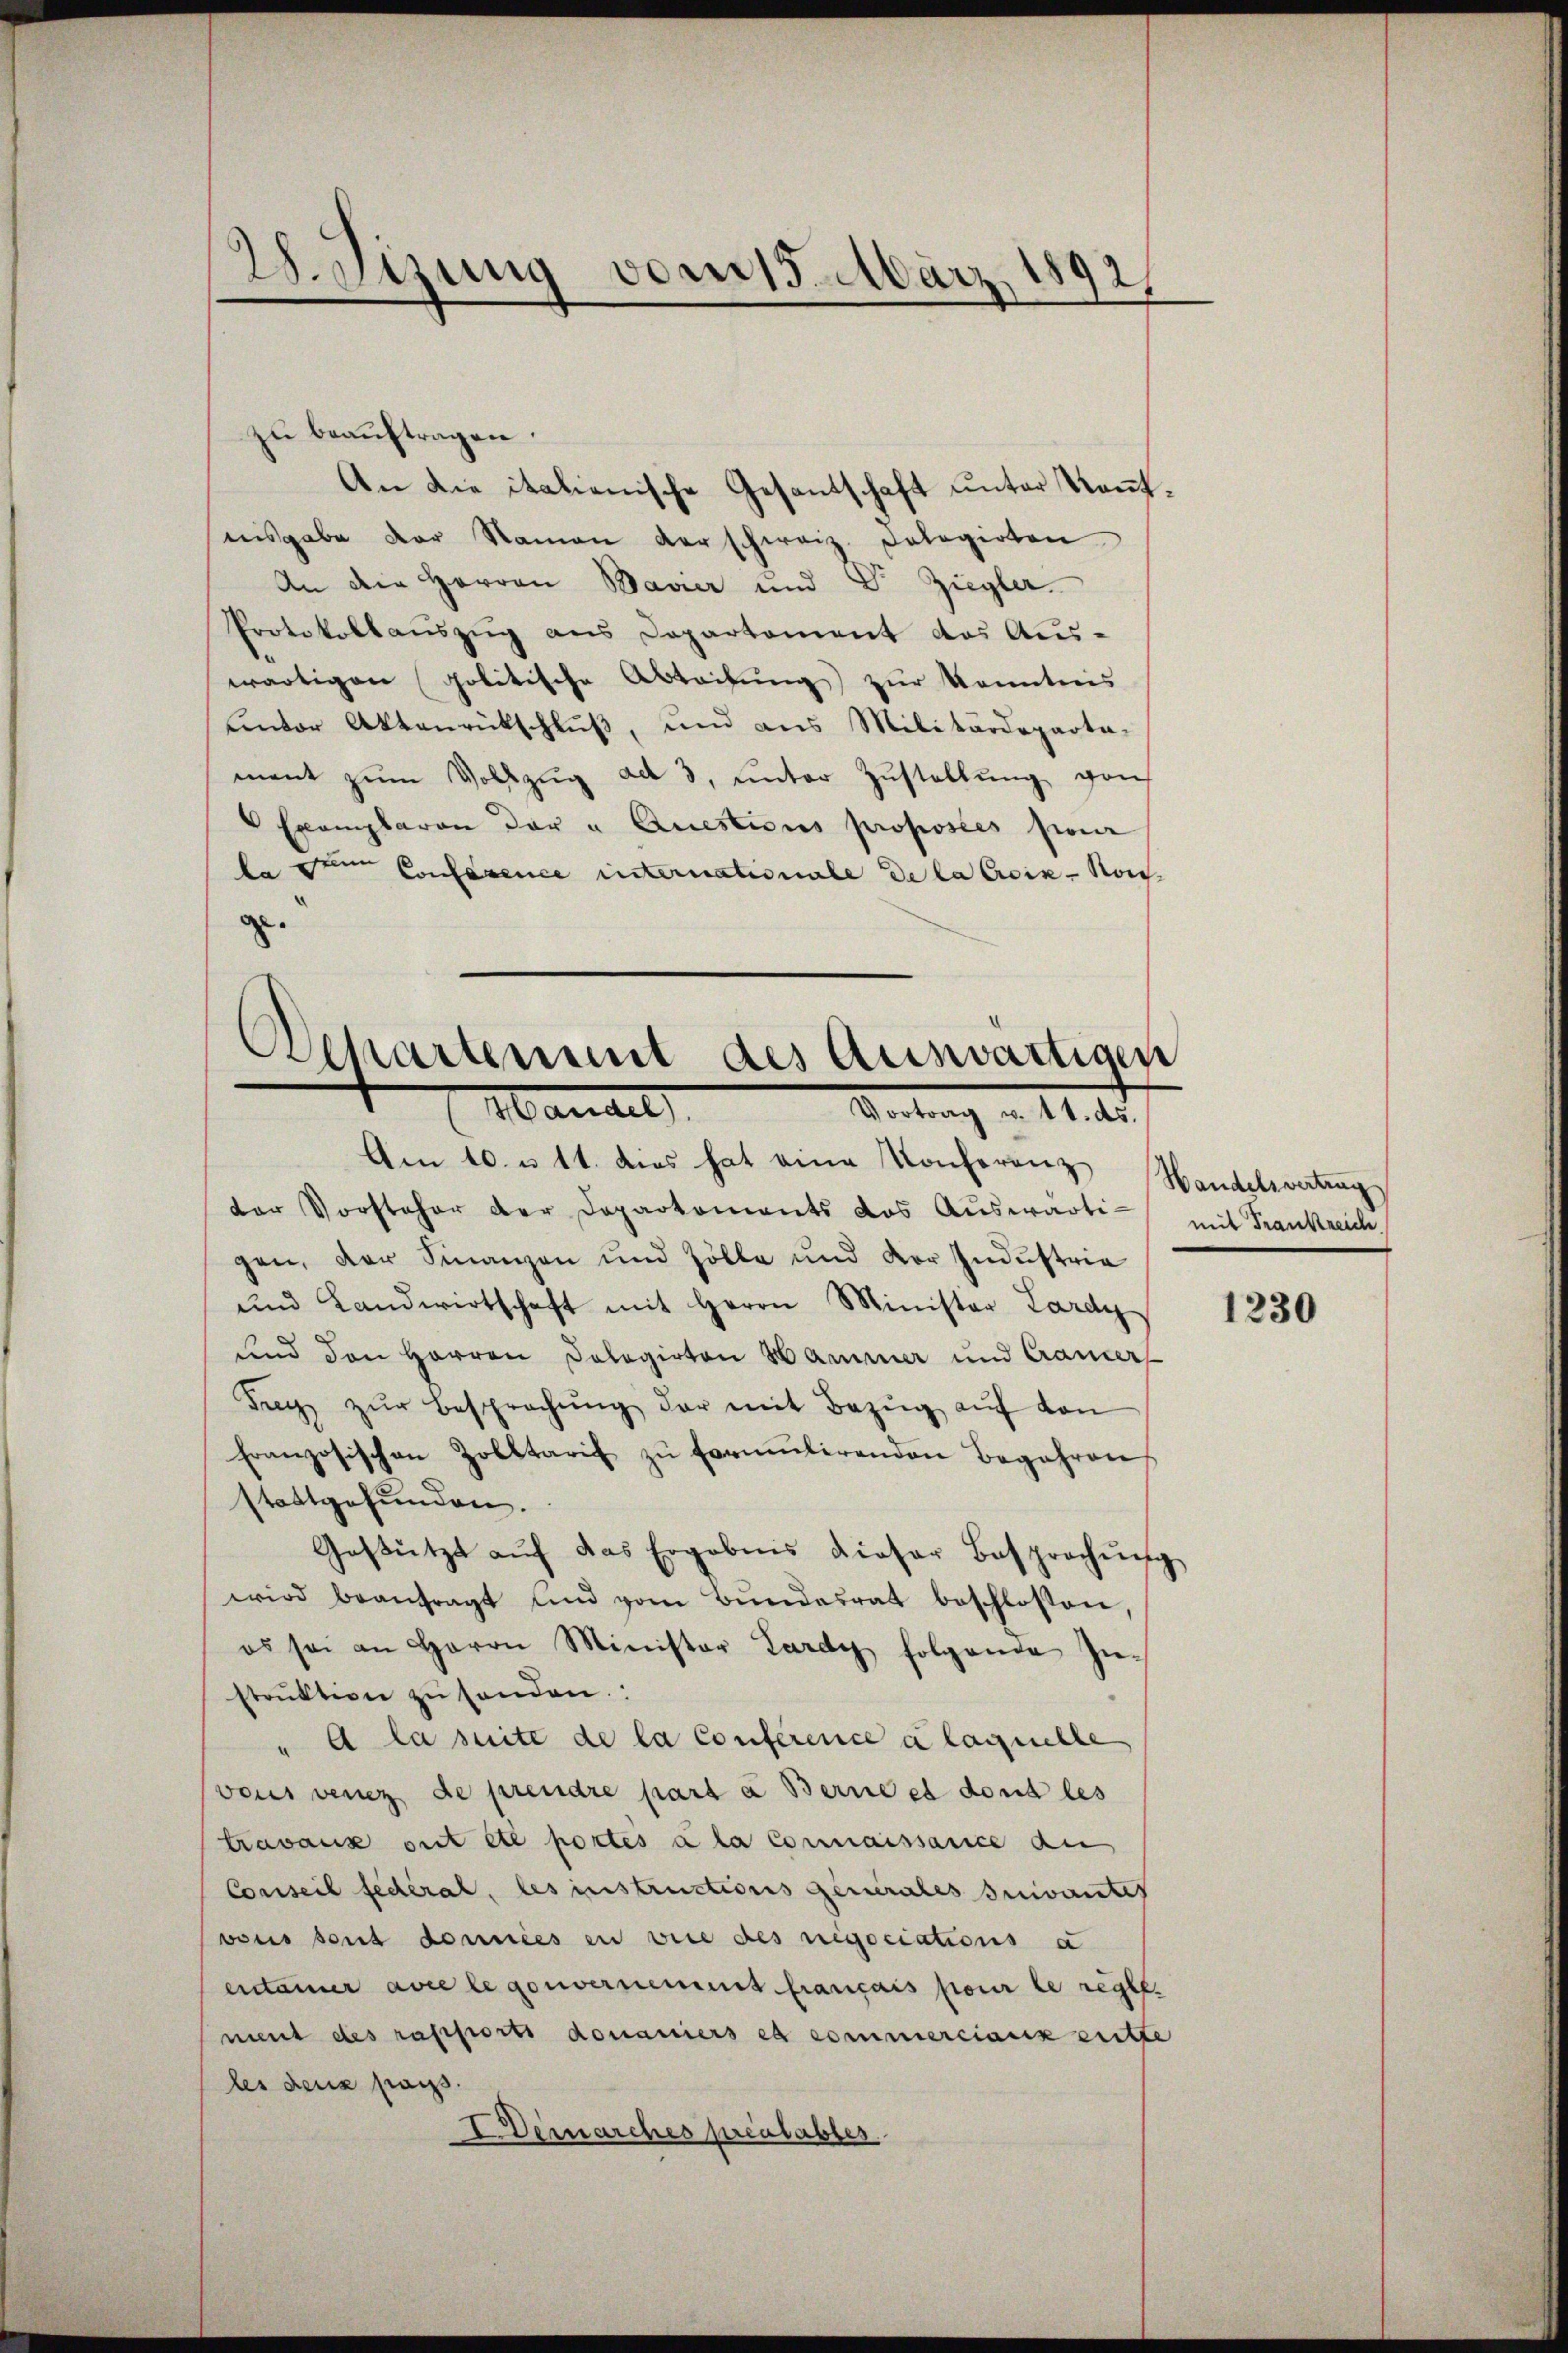
W.Sizung vom 15. März
1892.

zŭ beaŭftragen.
An die italienische Gesantschaft unter Kenntnisgabe der Namen verschweiz. Pologirten
An die Herren Bavier und Dr. Ziegler.
Protokollauszug aus Departement des Aus-
wärtigen politische Abteilŭng zur Kenntnis
unter Aktenrückschluß, und aus Militärdeparta-
ment zum Vollzug ad 3, unter Zustellung grif
Exemplaren der " Questions proposées pour
la dem Conference internationale de la Croix-Noi
z.
s

Separtement des Auswärtigen
Mandel
Vortrag u. 11. ds.

Am 10. u 11. des hat eine Konferenz
dor Vorsteher der Departements das Aŭswarti-
gen, der Finanzen und Zölle und der Indŭstria
und Landwirtschaft mit Herrn Minister Lardy
und den Herren Cologirten Hammer und Cramer
Tag zŭr Besprechŭng der mit Bezŭg aŭf von
Französischen Zolltarif zŭ formŭlirenden Begehren
stattgefunden.
Gestützt aŭf das Ergebnis dieser Besprochŭng
wird beantragt und vom Bŭndesrat beschlossen,
es sei an Herrn Minister Lardy folgende In-
strŭktion zŭ senden.
" A la suite de la Conference à laquelle
vous venez de prenare part à Berne es dont les
travaux ont et portés à la connaissance an
Conseil fédéral, les instructions generales suivantes
vons sont données en vice des negociations a
entainer avec le gouvernemmt français pour le regle
ment des rapporti donaniers et commerciaux entte
les deux pass.
Demarches préalables

Handelsvertrag
mit Frankreich

1230